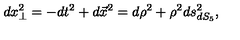
d x _ { \perp } ^ { 2 } = - d t ^ { 2 } + d \vec { x } ^ { 2 } = d \rho ^ { 2 } + \rho ^ { 2 } d s _ { d S _ { 5 } } ^ { 2 } ,